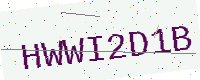
Text: HWWI2D1B